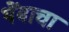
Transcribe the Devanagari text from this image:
थेंबाचा